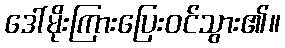
ဒေါ်မိုးကြားပြေးဝင်သွား၏။